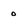
Character: 0